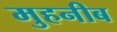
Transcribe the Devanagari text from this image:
मुहनीब